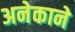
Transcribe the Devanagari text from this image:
अनेकाने